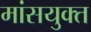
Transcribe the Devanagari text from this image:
मांसयुक्त